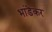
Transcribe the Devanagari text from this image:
भांडॆकर